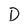
Character: D